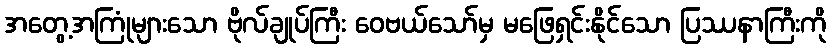
အတွေ့အကြုံများသော ဗိုလ်ချုပ်ကြီး ဝေဗယ်သော်မှ မဖြေရှင်းနိုင်သော ပြဿနာကြီးကို